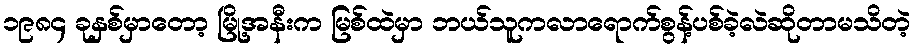
၁၉၈၄ ခုနှစ်မှာတော့ မြို့အနီးက မြစ်ထဲမှာ ဘယ်သူကလာရောက်စွန့်ပစ်ခဲ့လဲဆိုတာမသိတဲ့